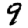
Digit: 9